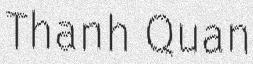
Thanh Quan